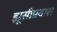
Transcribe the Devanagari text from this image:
झूसीप्रवास